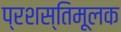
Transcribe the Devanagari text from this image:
प्रशस्तिमूलक